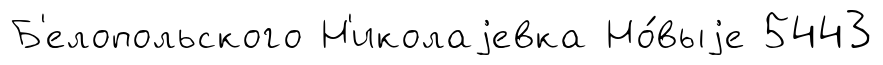
Б'елопольского Н'иколаjевка Но́выjе 5443